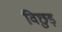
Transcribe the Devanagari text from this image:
विछुड़